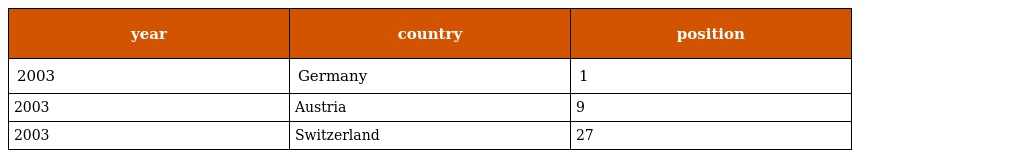
| year | country | position |
 | --- | --- | --- |
 | 2003 | Germany | 1 |
 | 2003 | Austria | 9 |
 | 2003 | Switzerland | 27 |